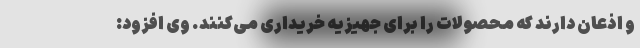
و اذعان دارند که محصولات را برای جهیزیه خریداری می‌کنند. وی افزود: